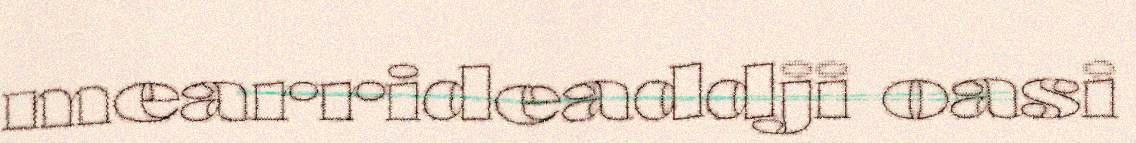
mearrideaddji oasi